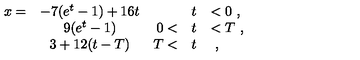
\begin{array} { r c r c l } { x = } & { - 7 ( e ^ { t } - 1 ) + 1 6 t \mathrm { } } & { } & { t } & { < 0 \ , } \\ { } & { 9 ( e ^ { t } - 1 ) } & { 0 < } & { t } & { < T \ , } \\ { } & { 3 + 1 2 ( t - T ) } & { T < } & { t } & { \ , } \\ \end{array}